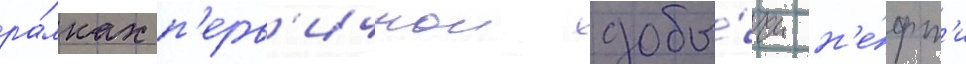
ра́мках п'ерв'ичнои добы́чи н'е́фт'и